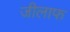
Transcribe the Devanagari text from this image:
जीलाफ